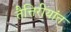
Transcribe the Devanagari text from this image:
तैत्तिरीयांत